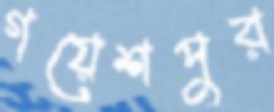
গয়েশপুর